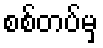
စစ်တပ်မှ